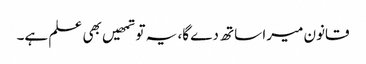
قانون میرا ساتھ دے گا، یہ تو تمھیں بھی علم ہے۔